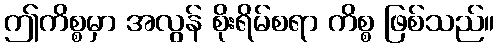
ဤကိစ္စမှာ အလွန် စိုးရိမ်စရာ ကိစ္စ ဖြစ်သည်။